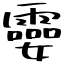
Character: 孁